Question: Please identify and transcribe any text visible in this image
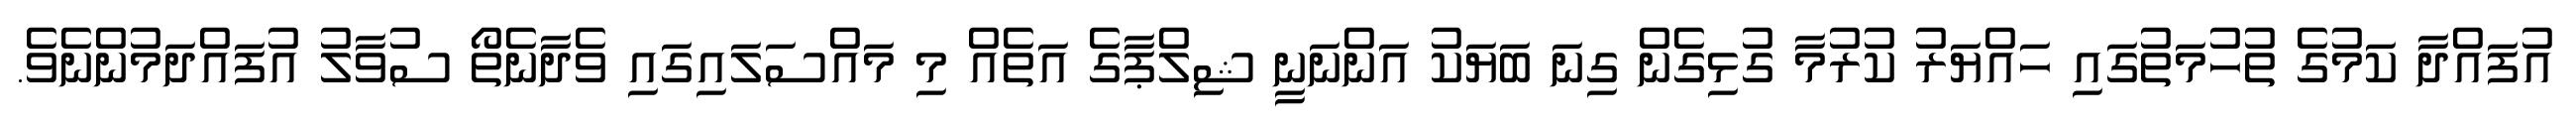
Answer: އުފައްދާ ކަމުގެ ތުހުމަތުގައި ހައްޔަރު ކުރުމާ ގުޅިގެން ގިނަ ބަޔަކު އަންނަނީ ޝިލްޕާގެ އަތެއް މި މައްސަލައިގައި ވެދާނެތޯ ސުވާލު އުފައްދަމުންނެވެ.